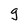
Character: g